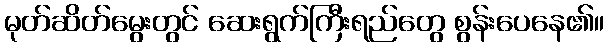
မုတ်ဆိတ်မွေးတွင် ဆေးရွက်ကြီးရည်တွေ စွန်းပေနေ၏။